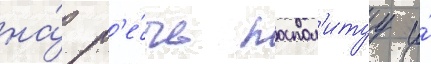
на́ р'е́чь поспол'итуу и́